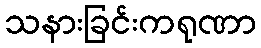
သနားခြင်းကရုဏာ